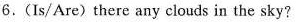
6.(Is/Are)there any clouds in the sky?